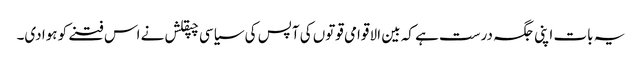
یہ بات اپنی جگہ درست ہے کہ بین الا قوامی قوتوں کی آپس کی سیاسی چپقلش نے اس فتنے کو ہوا دی۔